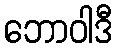
ဘောဝါဒီ